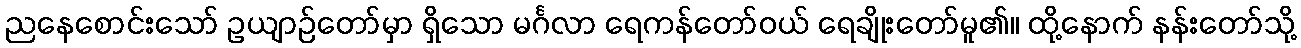
ညနေစောင်းသော် ဥယျာဉ်တော်မှာ ရှိသော မင်္ဂလာ ရေကန်တော်ဝယ် ရေချိုးတော်မူ၏။ ထို့နောက် နန်းတော်သို့